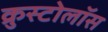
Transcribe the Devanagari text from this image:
क्रुस्टोलॉस